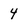
Character: 4